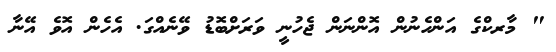
" މާރކްގެ އަންހެނުން އޮންނަން ޖެހުނީ ވަރަށްބޮޑު ވޭނެއްގަ. އެހެން އޮވެ އޭނާ